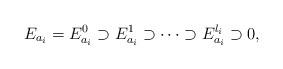
LaTeX: \begin{align*} E_{a_i} = E_{a_i}^0 \supset E_{a_i}^1 \supset \cdots \supset E_{a_i}^{l_i} \supset 0,\end{align*}